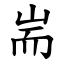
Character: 耑